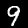
Digit: 9